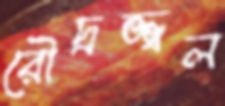
রৌদ্রজ্জ্বল